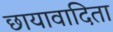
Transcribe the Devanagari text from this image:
छायावादिता